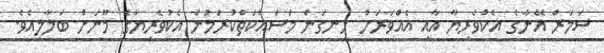
ސަމަރް އޭނާގެ އެކުވެރިޔާ އާއި އެއްވަރަށް ހިނގަން މަސައްކަތްކުރަމުން އެކުވެރިޔާގެ މޫނަށް ބަލާލިއެވެ.